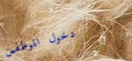
دخول الموظفين